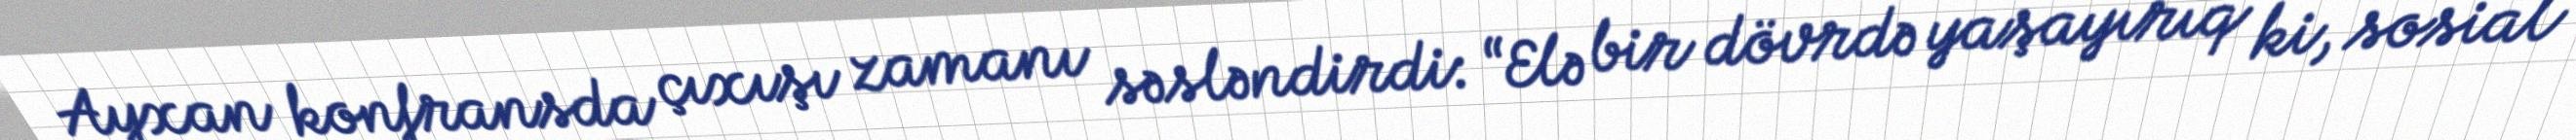
Ayxan konfransda çıxışı zamanı səsləndirdi: “Elə bir dövrdə yaşayırıq ki, sosial